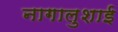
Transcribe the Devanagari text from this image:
नागालुशाई